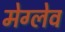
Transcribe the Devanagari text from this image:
मेग्लेव